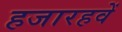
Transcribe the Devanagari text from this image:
हजारहवें